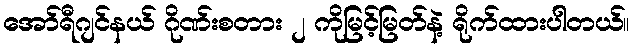
အော်ရီဂျင်နယ် ဂိုဏ်းစတား ၂ ကိုမြင့်မြတ်နဲ့ ရိုက်ထားပါတယ်။